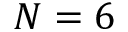
N = 6